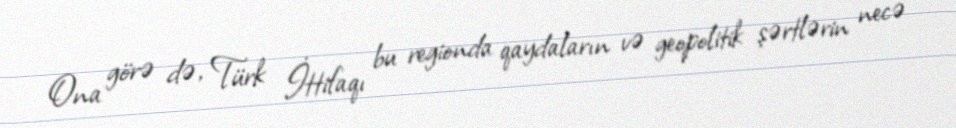
Ona görə də, Türk İttifaqı bu regionda qaydaların və geopolitik şərtlərin necə